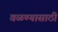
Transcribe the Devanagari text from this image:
वळण्यासाठी